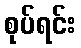
စုပ်ရင်း